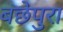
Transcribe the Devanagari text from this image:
बछेपुरा